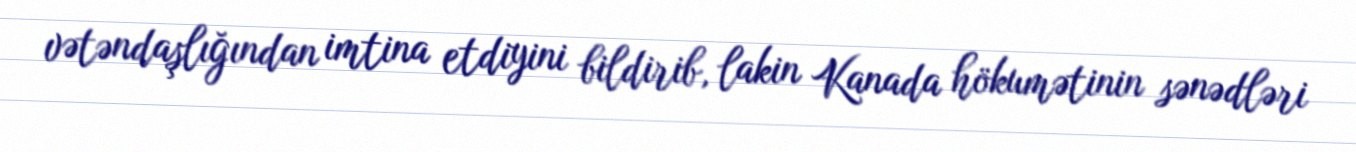
vətəndaşlığından imtina etdiyini bildirib, lakin Kanada hökumətinin sənədləri